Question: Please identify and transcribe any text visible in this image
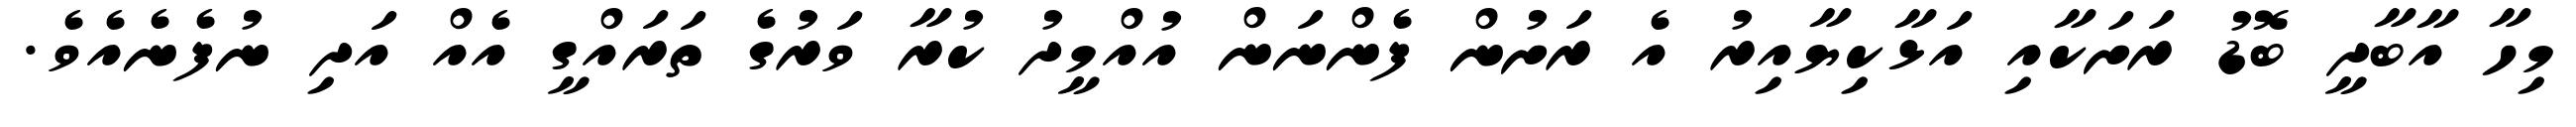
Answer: މިހާ އާބާދީ ބޮޑު ރަށަކާއި އަޅާކިޔާއިރު އެ ރަށުން ފެންނަން އުއްމީދު ކުރާ ވަރުގެ ތަރައްގީ އެއް އަދި ނުފެނެއެވެ.